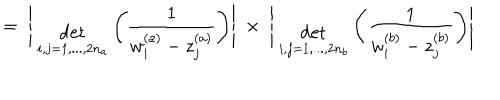
= \; \Bigg | { \; \atop { \mathrm { d e t } \atop { \scriptstyle i , j = 1 , . . . , 2 n _ { a } } } } \Bigg ( \frac { 1 } { w _ { i } ^ { ( a ) } - z _ { j } ^ { ( a ) } } \Bigg ) \Bigg | \; \times \; \Bigg | { \; \atop { \mathrm { d e t } \atop { \scriptstyle i , j = 1 , . . . , 2 n _ { b } } } } \Bigg ( \frac { 1 } { w _ { i } ^ { ( b ) } - z _ { j } ^ { ( b ) } } \Bigg ) \Bigg |